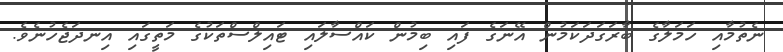
ނެތުމާއި ހަމަލާގެ ބާރަގަދަކަމުން އޭނަގެ ފައި ބިމުން ކައްސާލައި ޓައިލްސްތަކުގެ މަތީގައި އިނދަޖެހުނެވެ.